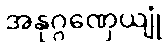
အနုဂ္ဂဏှေယျုံ